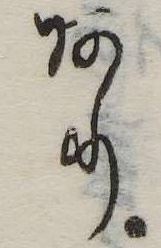
あり